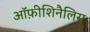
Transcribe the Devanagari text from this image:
ऑफ़ीशिनैलिस